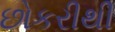
છોકરીથી